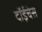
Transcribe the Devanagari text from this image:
दॉईचेस